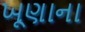
ખૂણાના